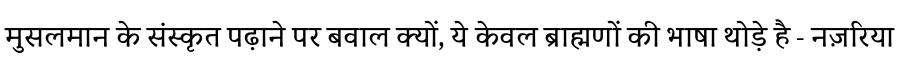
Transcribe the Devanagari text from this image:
मुसलमान के संस्कृत पढ़ाने पर बवाल क्यों, ये केवल ब्राह्मणों की भाषा थोड़े है - नज़रिया